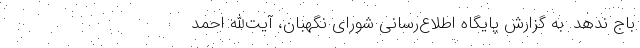
باج ندهد. به گزارش پایگاه اطلاع‌رسانی شورای نگهبان، آیت‌الله احمد